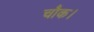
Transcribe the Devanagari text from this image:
चौक।